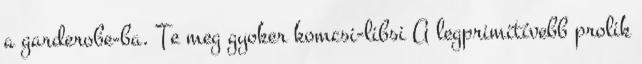
a garderobe-ba. Te meg gyoker komcsi-libsi A legprimitívebb prolik